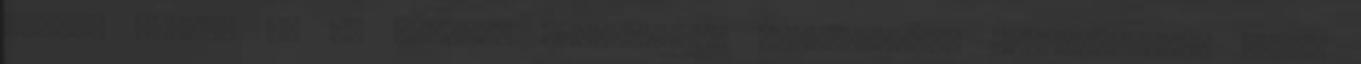
István király ut 7. Tárhely Vállalkozás elektronikus elérhetősége: hello